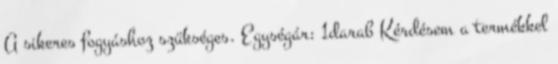
A sikeres fogyáshoz szükséges. Egységár: 1darab Kérdésem a termékkel